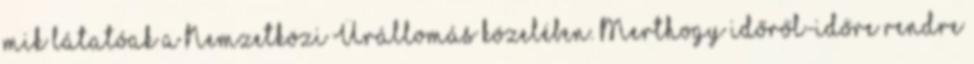
mik látatóak a Nemzetközi Űrállomás közelében. Merthogy időről-időre rendre